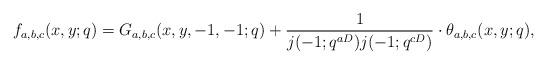
LaTeX: \begin{align*}& f_{a,b,c}(x,y;q)=G_{a,b,c}(x,y,-1,-1;q)+\frac{1}{j(-1;q^{aD})j(-1;q^{cD})}\cdot \theta_{a,b,c}(x,y;q),\end{align*}